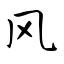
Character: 风